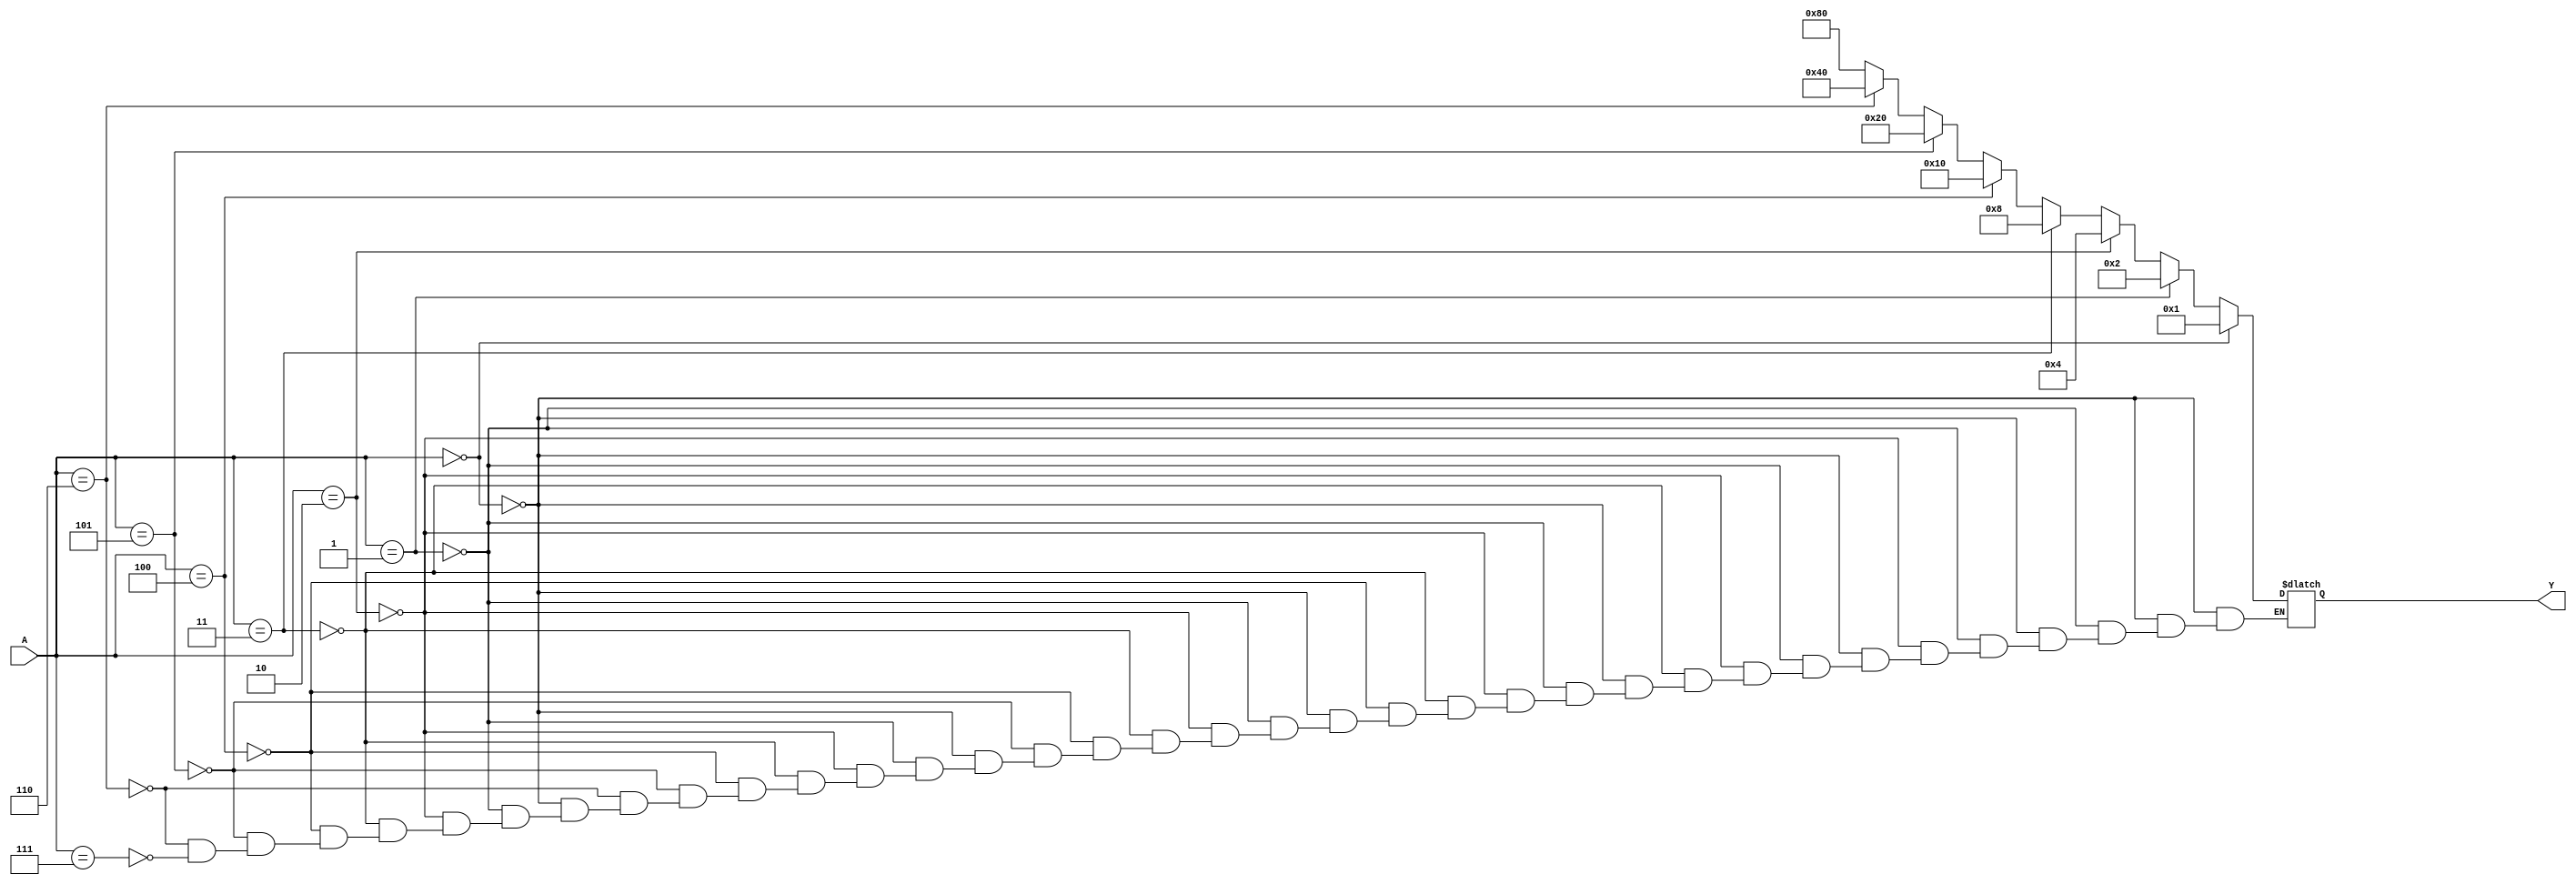
module decoderlll_rtl(A,Y);

input [2:0]A;
output reg [7:0]Y  ;

 
 
 
always @(*)

begin 

     if  (A==3'b000)
         begin
		   Y=8'b00000001;
			end 
			
			
		else if (A==3'b001)
		      begin 
				Y=8'b00000010;
				end
				
		else if (A==3'b010)
		      begin 
				Y=8'b00000100;
				end 
			
		else if (A==3'b011)
		      begin 
				Y=8'b00001000;
				end 

                else if  (A==3'b100)
                   begin
		        Y=8'b00010000;
			end 
			
			
		else if (A==3'b101)
		      begin 
				Y=8'b00100000;
				end
				
		else if (A==3'b110)
		      begin 
				Y=8'b01000000;
				end 
			
		else if (A==3'b111)
		      begin 
				Y=10000000;
				end 		
end      
endmodule